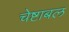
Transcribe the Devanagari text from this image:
चेष्टाबल